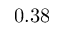
0 . 3 8